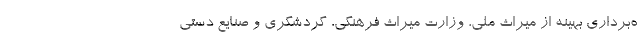
ه‌برداری بهینه از میراث ملی، وزارت میراث فرهنگی، گردشگری و صنایع دستی